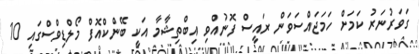
ގަވަރުނަރު ކަމަށް ހަމަޖައްސަވަން ރައީސް ފޮނުއްވި އިބްތިޝާމާ އަކީ ބޭންކްއޮފް މޯލްޑިވްސްގައި 10